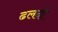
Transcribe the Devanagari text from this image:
ढलदी